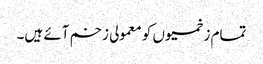
تمام زخمیوں کو معمولی زخم آئے ہیں۔